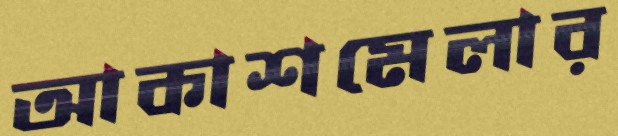
আকাশমেলার